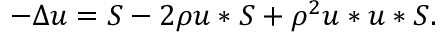
- \Delta u = S - 2 \rho u \ast S + \rho ^ { 2 } u \ast u \ast S .